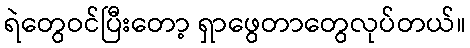
ရဲတွေဝင်ပြီးတော့ ရှာဖွေတာတွေလုပ်တယ်။